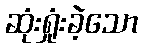
ဆုံးရှုံးခဲ့သော